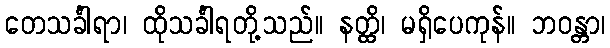
တေသင်္ခါရာ၊ ထိုသင်္ခါရတို့သည်။ နတ္ထိ၊ မရှိပေကုန်။ ဘဝန္တာ၊